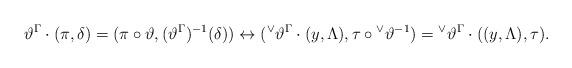
LaTeX: \begin{align*}\vartheta^{\Gamma} \cdot (\pi, \delta) = (\pi\circ \vartheta, (\vartheta^{\Gamma})^{-1}(\delta)) \leftrightarrow ({^\vee}\vartheta^{\Gamma} \cdot(y,\Lambda), \tau \circ {^\vee} \vartheta^{-1}) = {^\vee}\vartheta^{\Gamma} \cdot ((y,\Lambda), \tau).\end{align*}